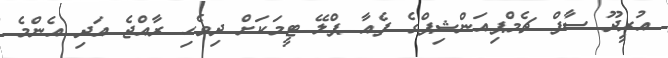
އުރީދޫ ސާފް ޗެމްޕިއަންޝިޕްގެ ފެއާ ޕްލޭ ޓީމަކަށް ދިވެހި ރާއްޖެ އަދި އެންމެ